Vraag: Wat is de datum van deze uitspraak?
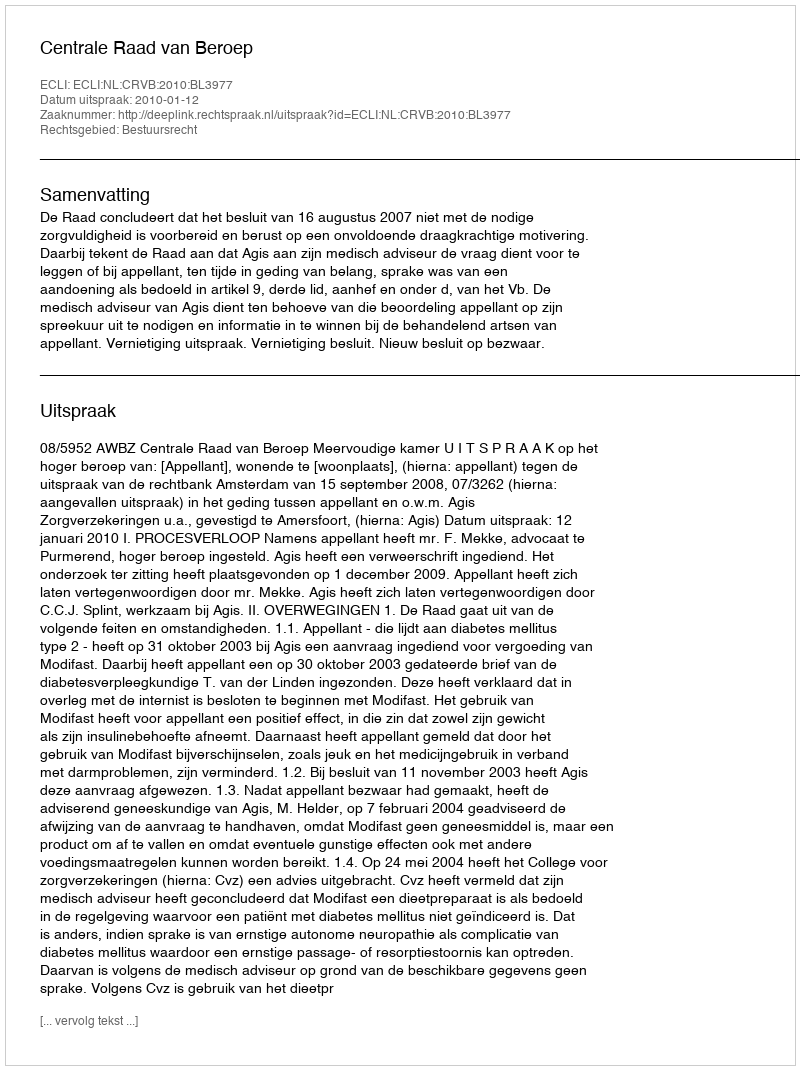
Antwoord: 2010-01-12